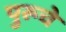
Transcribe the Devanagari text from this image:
पुरूचे